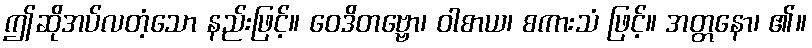
ဤဆိုအပ်လတံ့သော နည်းဖြင့်။ ဝေဒိတဗ္ဗော၊ ဝါစာယ၊ စကားသံ ဖြင့်။ အတ္တနော၊ ၏။